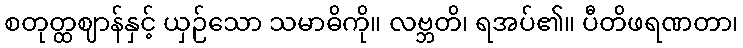
စတုတ္ထဈာန်နှင့် ယှဉ်သော သမာဓိကို။ လဗ္ဘတိ၊ ရအပ်၏။ ပီတိဖရဏတာ၊